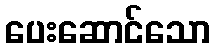
ပေးဆောင်သော